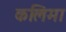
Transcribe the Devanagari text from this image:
कलिमा